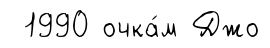
1990 очка́м Джо